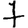
Digit: 7